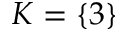
K = \{ 3 \}